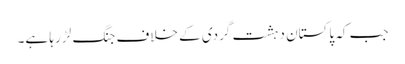
جب کہ پاکستان دہشت گردی کے خلاف جنگ لڑ رہا ہے۔